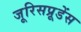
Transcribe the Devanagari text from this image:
जूरिसप्रूडेंस